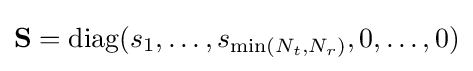
\mathbf {S} ={\textrm {diag}}(s_{1},\ldots ,s_{\min(N_{t},N_{r})},0,\ldots ,0)